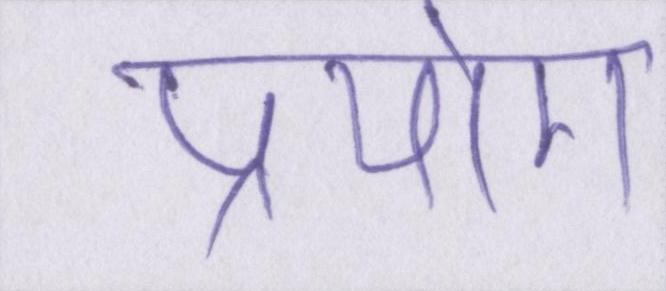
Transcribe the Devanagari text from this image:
प्रयोग